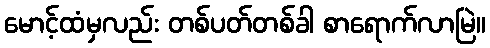
မောင့်ထံမှလည်း တစ်ပတ်တစ်ခါ စာရောက်လာမြဲ။